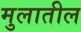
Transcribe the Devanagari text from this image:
मुलातील